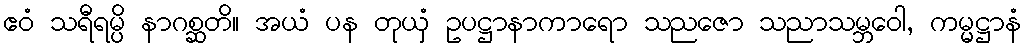
ဧဝံ သရီရမ္ပိ နာဂစ္ဆတိ။ အယံ ပန တုယှံ ဥပဋ္ဌာနာကာရော သညဇော သညာသမ္ဘဝေါ, ကမ္မဋ္ဌာနံ